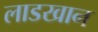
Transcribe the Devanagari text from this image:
लाडखान